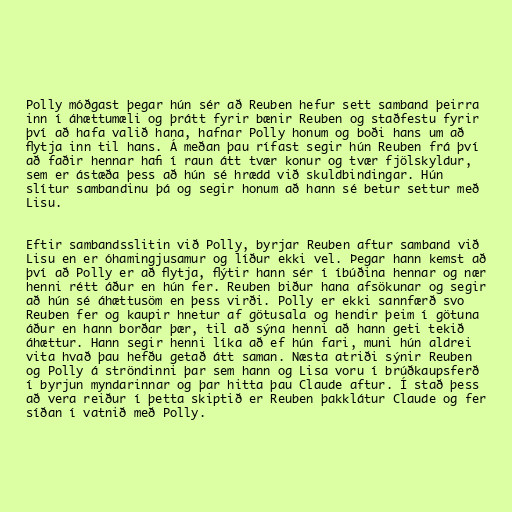
Polly móðgast þegar hún sér að Reuben hefur sett samband þeirra
inn í áhættumæli og þrátt fyrir bænir Reuben og staðfestu fyrir
því að hafa valið hana, hafnar Polly honum og boði hans um að
flytja inn til hans. Á meðan þau rífast segir hún Reuben frá því
að faðir hennar hafi í raun átt tvær konur og tvær fjölskyldur,
sem er ástæða þess að hún sé hrædd við skuldbindingar. Hún
slítur sambandinu þá og segir honum að hann sé betur settur með
Lisu.

Eftir sambandsslitin við Polly, byrjar Reuben aftur samband við
Lisu en er óhamingjusamur og líður ekki vel. Þegar hann kemst að
því að Polly er að flytja, flýtir hann sér í íbúðina hennar og nær
henni rétt áður en hún fer. Reuben biður hana afsökunar og segir
að hún sé áhættusöm en þess virði. Polly er ekki sannfærð svo
Reuben fer og kaupir hnetur af götusala og hendir þeim í götuna
áður en hann borðar þær, til að sýna henni að hann geti tekið
áhættur. Hann segir henni líka að ef hún fari, muni hún aldrei
vita hvað þau hefðu getað átt saman. Næsta atriði sýnir Reuben
og Polly á ströndinni þar sem hann og Lisa voru í brúðkaupsferð
í byrjun myndarinnar og þar hitta þau Claude aftur. Í stað þess
að vera reiður í þetta skiptið er Reuben þakklátur Claude og fer
síðan í vatnið með Polly.